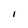
Character: 1